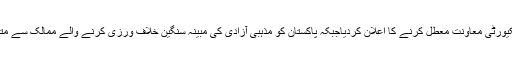
امریکی اسٹیٹ ڈپارٹمنٹ نے بھی پاکستان کی سیکیورٹی معاونت معطل کرنے کا اعلان کردیاجبکہ پاکستان کو مذہبی آزادی کی مبینہ سنگین خلاف ورزی کرنے والے ممالک سے متعلق خصوصی واچ لسٹ میں بھی شامل کردیا گیا۔